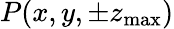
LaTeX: P(x,y,\pm z_{\mathrm{max}})